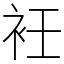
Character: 衽